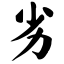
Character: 劣